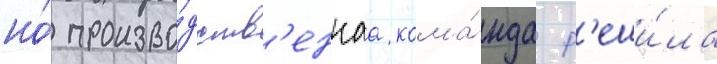
но́ произво́дств'еннаа кома́нда р'еши́ла